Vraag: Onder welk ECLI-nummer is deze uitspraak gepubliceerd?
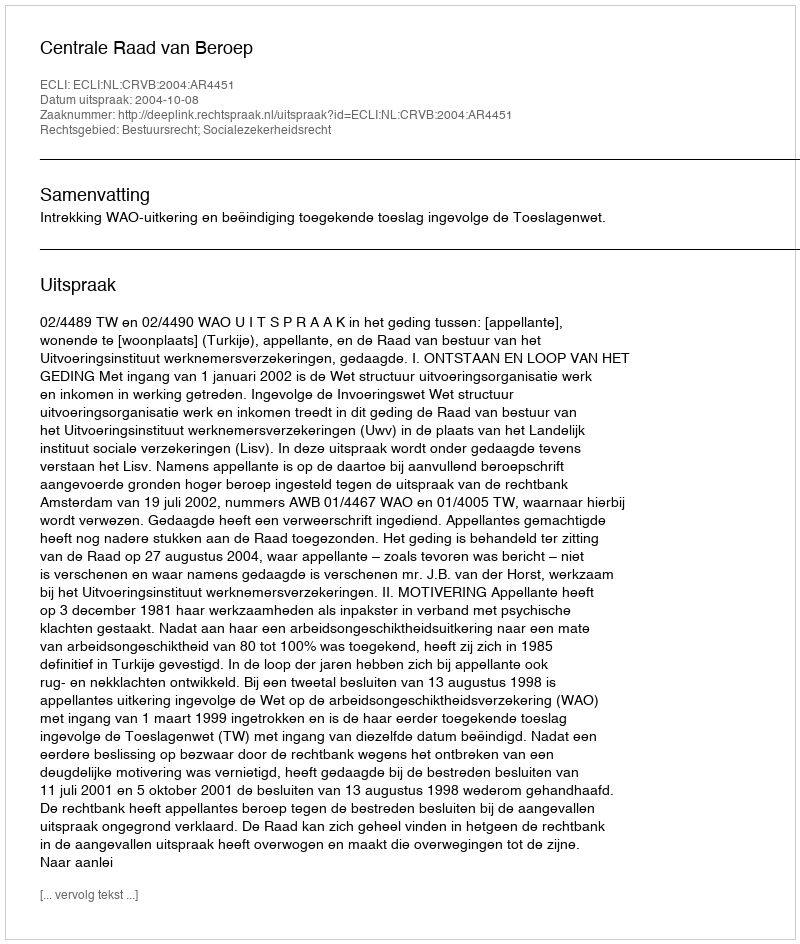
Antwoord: ECLI:NL:CRVB:2004:AR4451